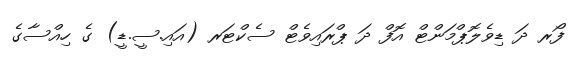
ފޯރ ދަ ޑިވެލޮޕްމަންޓް އޮފް ދަ ޕްރައިވެޓް ސެކްޓަރ (އައި.ސީ.ޑީ) ގެ ހިއްސާގެ